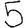
Digit: 5